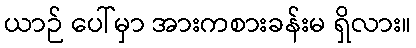
ယာဉ် ပေါ်မှာ အားကစားခန်းမ ရှိလား။